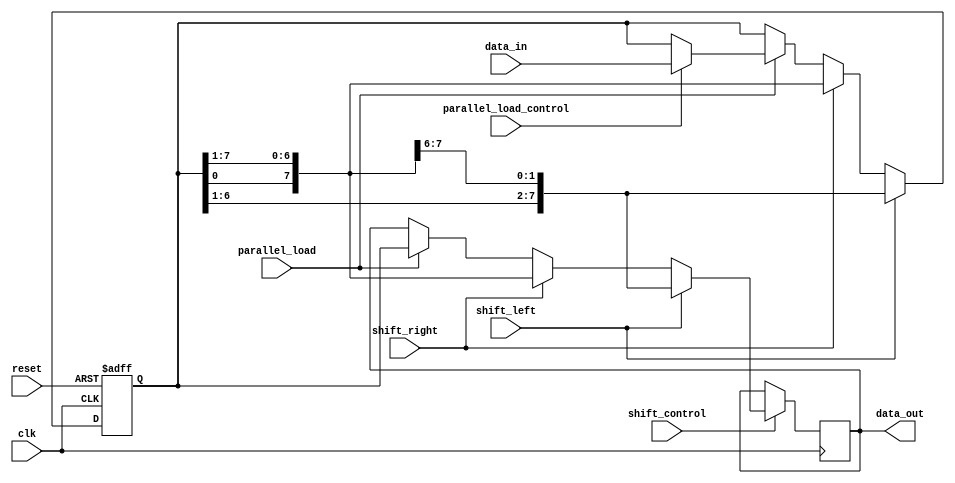
module shift_register (
    input wire clk,
    input wire reset,
    input wire shift_left,
    input wire shift_right,
    input wire parallel_load,
    input wire [7:0] data_in,
    input wire shift_control,
    input wire parallel_load_control,
    output reg [7:0] data_out
);

reg [7:0] shift_reg;

always @(posedge clk or posedge reset) begin
    if (reset) begin
        shift_reg <= 8'b0;
    end else begin
        if (shift_left) begin
            shift_reg <= {shift_reg[6:0], shift_reg[7]};
        end else if (shift_right) begin
            shift_reg <= {shift_reg[0], shift_reg[7:1]};
        end else if (parallel_load) begin
            if (parallel_load_control) begin
                shift_reg <= data_in;
            end
        end
    end
end

always @(posedge clk) begin
    if (shift_control) begin
        if (shift_left) begin
            data_out <= {shift_reg[6:0], shift_reg[7]};
        end else if (shift_right) begin
            data_out <= {shift_reg[0], shift_reg[7:1]};
        end else if (parallel_load) begin
            data_out <= shift_reg;
        end
    end
end

endmodule